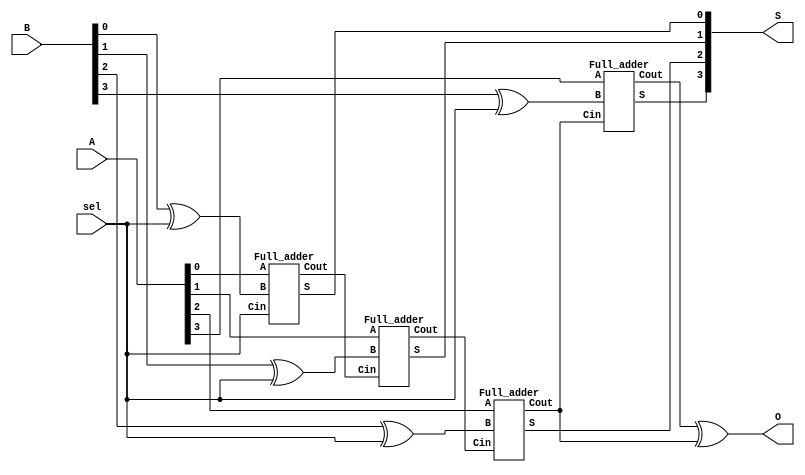
module AS(sel, A, B, S, O);
	input [3:0] A, B;
	input sel;
	output [3:0] S;
	output O;

	wire	C1;
	wire	C2;
	wire	C3;

	wire	B0;
	wire	B1;
	wire	B2;
	wire	B3;
	
	xor(B0, B[0], sel);
	xor(B1, B[1], sel);
	xor(B2, B[2], sel);
	xor(B3, B[3], sel);
	xor(O, C4, C3);
	
	Full_adder FA0(S[0], C1, A[0], B0, sel);
	Full_adder FA1(S[1], C2, A[1], B1, C1);
	Full_adder FA2(S[2], C3, A[2], B2, C2);
	Full_adder FA3(S[3], C4, A[3], B3, C3);
endmodule

module Full_adder(S, Cout, A, B, Cin);
	output	S;
	output	Cout;
	input	A;
	input	B;
	input	Cin;
	
	wire	w0;
	wire	w1;
	wire	w2;
	
	xor(w0, A, B);
	xor(S, w0, Cin);
	and(w1, w0, Cin);
	and(w2, A, B);
	or(Cout, w1, w2);
endmodule